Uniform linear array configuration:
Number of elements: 8
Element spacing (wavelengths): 0.75
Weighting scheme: cosine
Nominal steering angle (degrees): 15
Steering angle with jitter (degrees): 13.372
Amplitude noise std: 0.05
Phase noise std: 0.05

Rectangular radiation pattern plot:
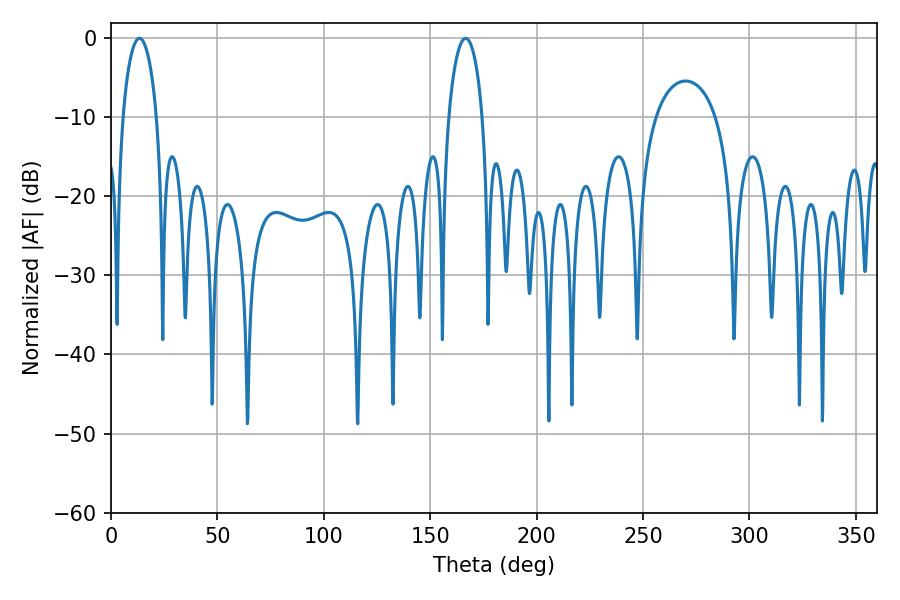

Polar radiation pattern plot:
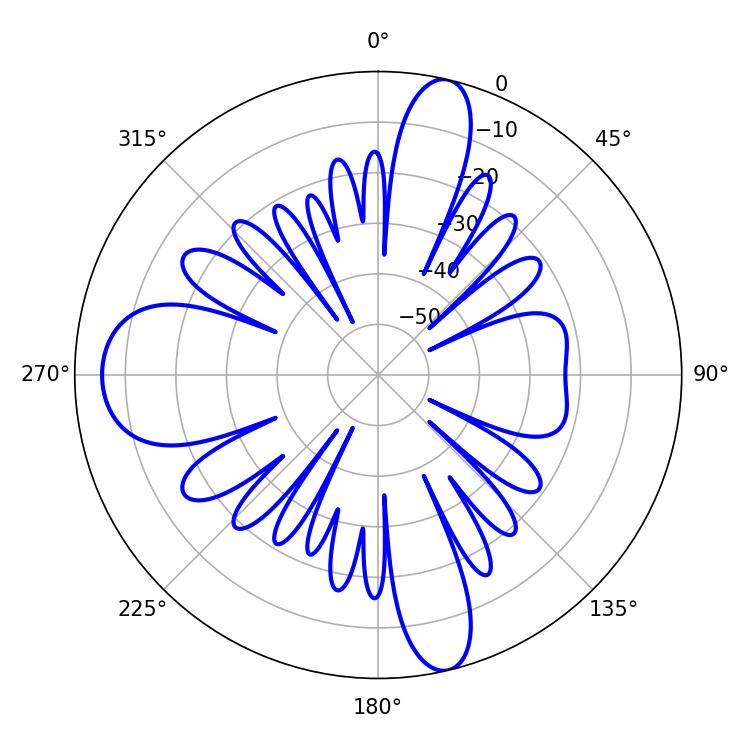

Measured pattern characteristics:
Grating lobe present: TRUE
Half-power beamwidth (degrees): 9.18
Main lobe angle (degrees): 13.32